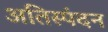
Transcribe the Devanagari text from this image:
अतिस्पंदन